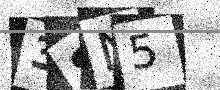
Text: 38N5